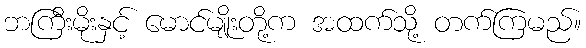
ဘကြီးမိုးနှင့် မောင်မျိုးတို့က အထက်သို့ တက်ကြမည်။